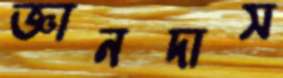
জ্ঞানদাস